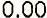
0.00